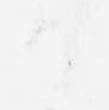
日